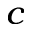
_ c